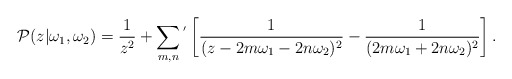
\begin{align*}{\cal P}(z|\omega_{1},\omega_{2})=\frac{1}{z^{2}}+\sum_{m,n}{}^{'}\left[\frac{1}{(z-2m\omega_{1}-2n\omega_{2})^{2}}-\frac{1}{(2m\omega_{1}+2n\omega_{2})^{2}}\right].\end{align*}